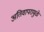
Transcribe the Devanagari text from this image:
अतिवापरामुळे